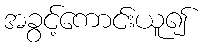
အခွင့်ကောင်းယူ၍